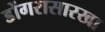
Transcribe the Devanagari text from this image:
डोंगरासारखा